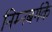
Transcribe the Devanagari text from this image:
निम्नबर्गके